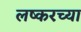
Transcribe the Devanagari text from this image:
लष्करच्या